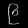
Digit: ၉